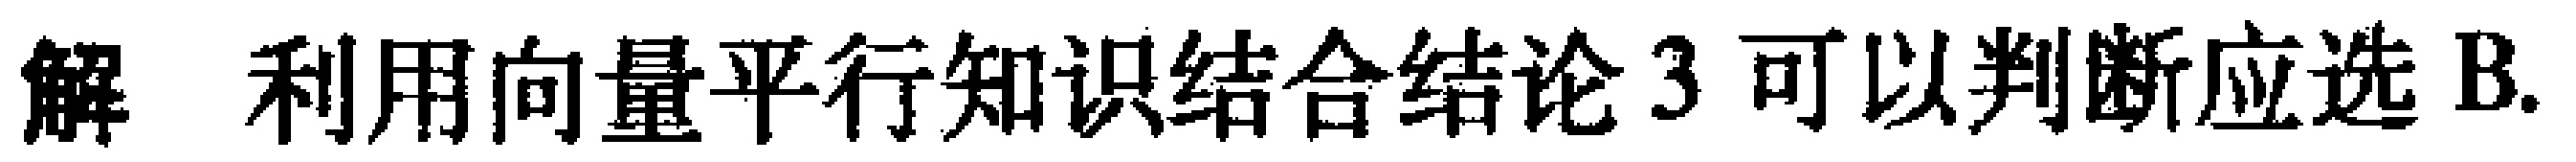
解 利用向量平行知识结合结论 3 可以判断应选 B.